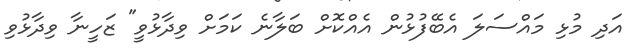
އަދި މުޅި މައްސަލަ އެބޭފުޅުން އެއްކޮށް ބަލާނެ ކަމަށް ވިދާޅުވީ" ޒަހީނާ ވިދާޅުވި